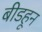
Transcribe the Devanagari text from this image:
बीडहून